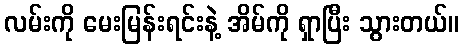
လမ်းကို မေးမြန်းရင်းနဲ့ အိမ်ကို ရှာပြီး သွားတယ်။